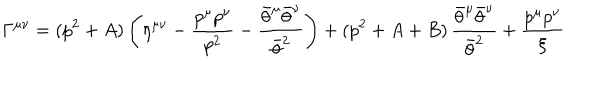
\Gamma ^ { \mu \nu } = ( p ^ { 2 } + A ) \left( \eta ^ { \mu \nu } - { \frac { p ^ { \mu } p ^ { \nu } } { p ^ { 2 } } } - { \frac { \bar { \theta } ^ { \mu } \bar { \theta } ^ { \nu } } { \bar { \theta } ^ { 2 } } } \right) + ( p ^ { 2 } + A + B ) \, { \frac { \bar { \theta } ^ { \mu } \bar { \theta } ^ { \nu } } { \bar { \theta } ^ { 2 } } } + { \frac { p ^ { \mu } p ^ { \nu } } { \xi } }